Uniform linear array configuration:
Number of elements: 8
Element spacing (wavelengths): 0.25
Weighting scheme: blackman
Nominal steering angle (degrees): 60
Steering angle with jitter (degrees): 60.131
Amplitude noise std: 0.05
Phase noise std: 0.05

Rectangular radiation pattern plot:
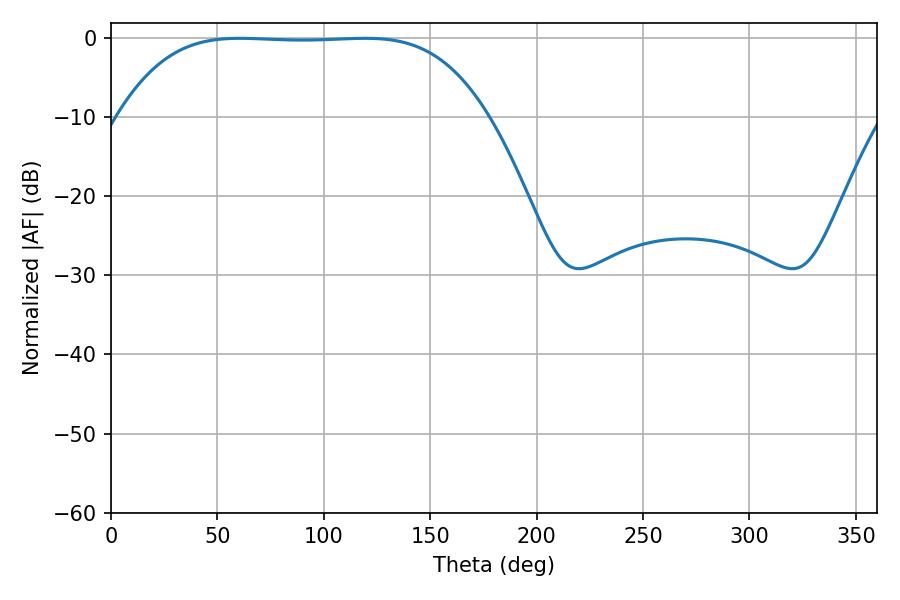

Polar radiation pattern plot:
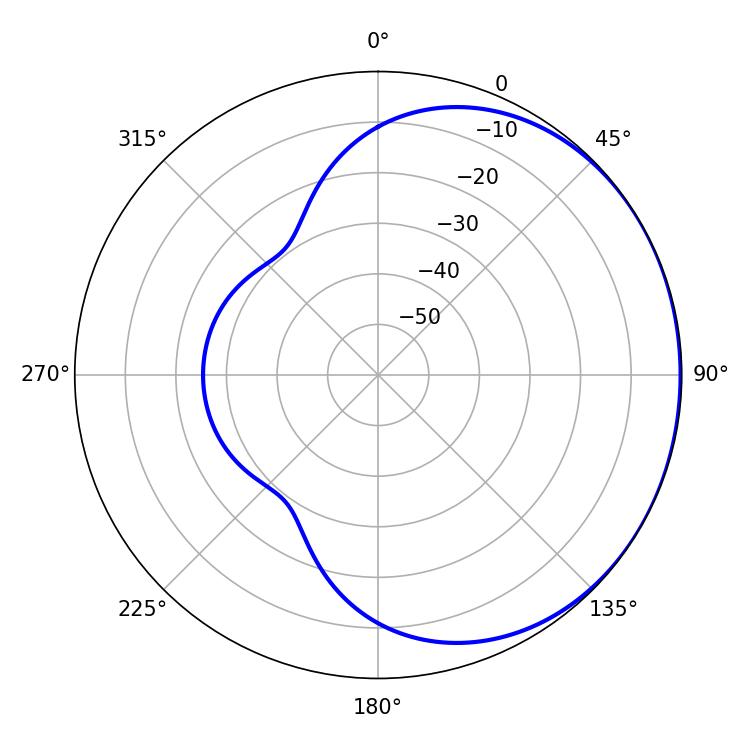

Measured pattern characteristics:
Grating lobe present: FALSE
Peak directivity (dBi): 0.6027
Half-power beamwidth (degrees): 132.48
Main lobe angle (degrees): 60.48